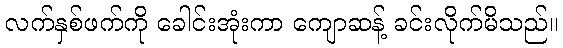
လက်နှစ်ဖက်ကို ခေါင်းအုံးကာ ကျောဆန့် ခင်းလိုက်မိသည်။